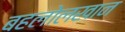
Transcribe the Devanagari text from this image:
बहलोलखान